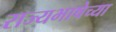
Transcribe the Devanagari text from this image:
राज्यभाषेच्या